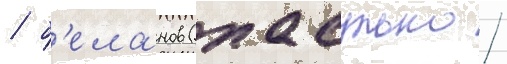
/ б'еланов (пасулько /